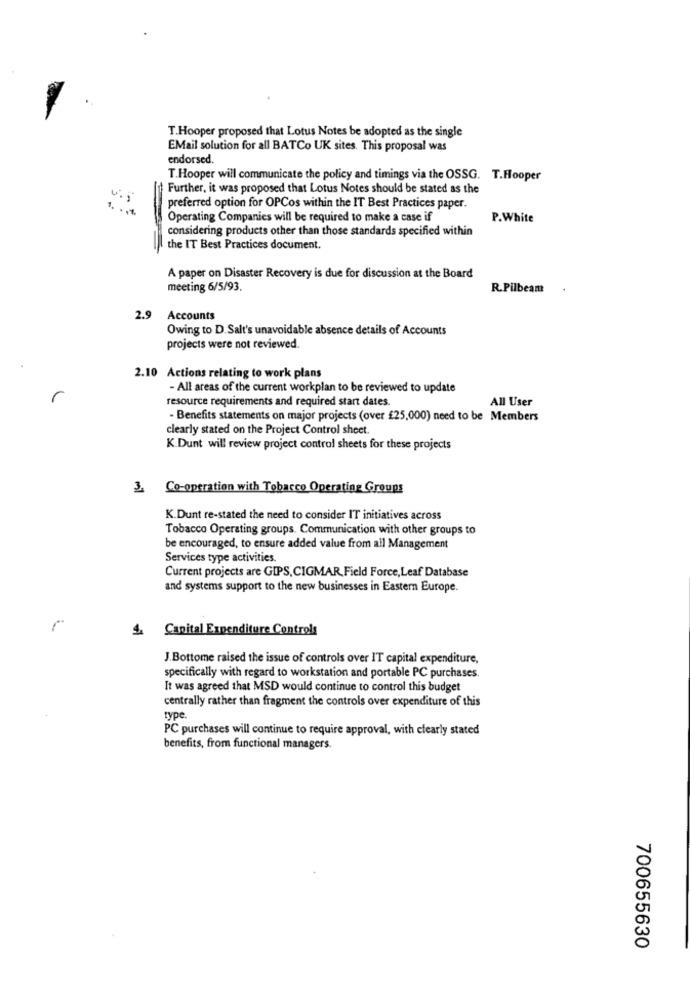
T.Hooper proposed that Lotus Notes be adopted as the single
EMail solution for all BATCo UK sites. This proposal was
endorsed.
T.Hooper will communicate the policy and timings via the OSSG. T.Hooper
Further, it was proposed that Lotus Notes should be stated as the
preferred option for OPCos within the IT Best Practices paper.
Operating Companies will be required to make a case if
P.White
considering products other than those standards specified within
the IT Best Practices document.
A paper on Disaster Recovery is due for discussion at the Board
meeting 6/5/93.
R.Pilbeam
2.9
Accounts
Owing to D.Salt's unavoidable absence details of Accounts
projects were not reviewed.
2.10 Actions relating to work plans
- All areas of the current workplan to be reviewed to update
r
resource requirements and required start dates.
All User
- Benefits statements on major projects (over £25,000) need to be Members
clearly stated on the Project Control sheet.
K. Dunt will review project control sheets for these projects
3. Co-operation with Tobacco Operating Groups
K.Dunt re-stated the need to consider IT initiatives across
Tobacco Operating groups. Communication with other groups to
be encouraged, to ensure added value from all Management
Services type activities.
Current projects are GIPS, CIGMAR, Field Force, Leaf Database
and systems support to the new businesses in Eastern Europe.
4. Capital Expenditure Controls
J.Bottome raised the issue of controls over IT capital expenditure,
specifically with regard to workstation and portable PC purchases.
It was agreed that MSD would continue to control this budget
centrally rather than fragment the controls over expenditure of this
type.
PC purchases will continue to require approval, with clearly stated
benefits, from functional managers.
700655630